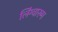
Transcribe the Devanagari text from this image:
लिंग्वारुम